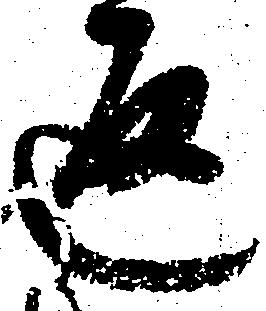
通